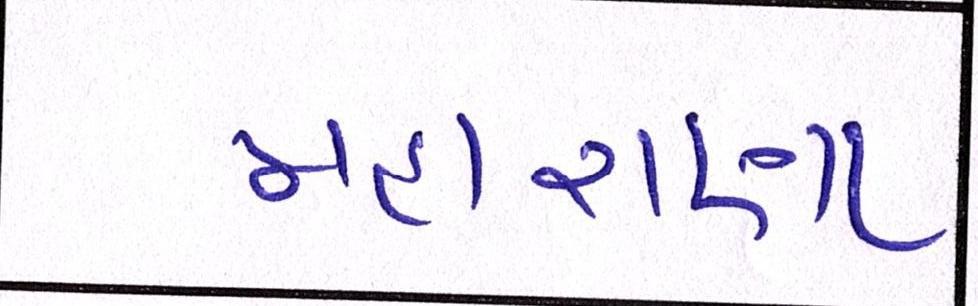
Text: મહારાણા